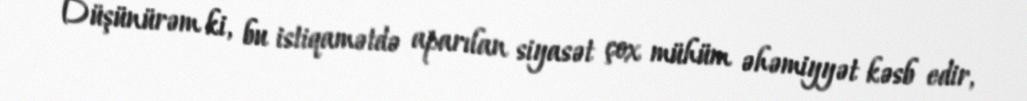
Düşünürəm ki, bu istiqamətdə aparılan siyasət çox mühüm əhəmiyyət kəsb edir,